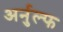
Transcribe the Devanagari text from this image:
अर्नुल्फ